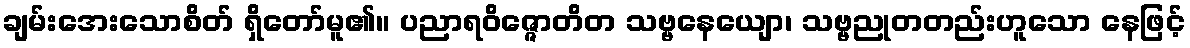
ချမ်းအေးသောစိတ် ရှိတော်မူ၏။ ပညာရဝိဇ္ဇောတိတ သဗ္ဗနေယျော၊ သဗ္ဗညုတတည်းဟူသော နေဖြင့်